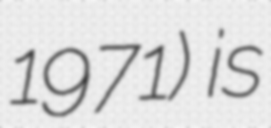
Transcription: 1971) is